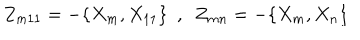
LaTeX: Z _ { m 1 1 } = - \{ X _ { m } , X _ { 1 1 } \} ~ ~ , ~ ~ Z _ { m n } = - \{ X _ { m } , X _ { n } \}